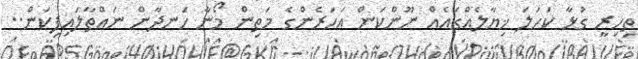
ތިހިރީ ގުޅާ ކަހަލަ ޚިޔާލެއްގައެއް ނޫންކަން އަހަރެންގެ މަތިން މޯނާ ހަނދާން ނައްތާލައިފިކަން..